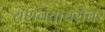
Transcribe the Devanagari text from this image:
यशवंताबरोबर